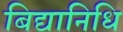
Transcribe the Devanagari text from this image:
बिद्यानिधि